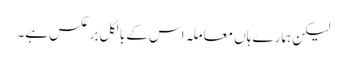
لیکن ہمارے ہاں معاملہ اس کے بالکل برعکس ہے۔